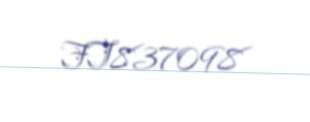
FT837098